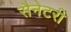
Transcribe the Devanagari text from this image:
सैनेटरी